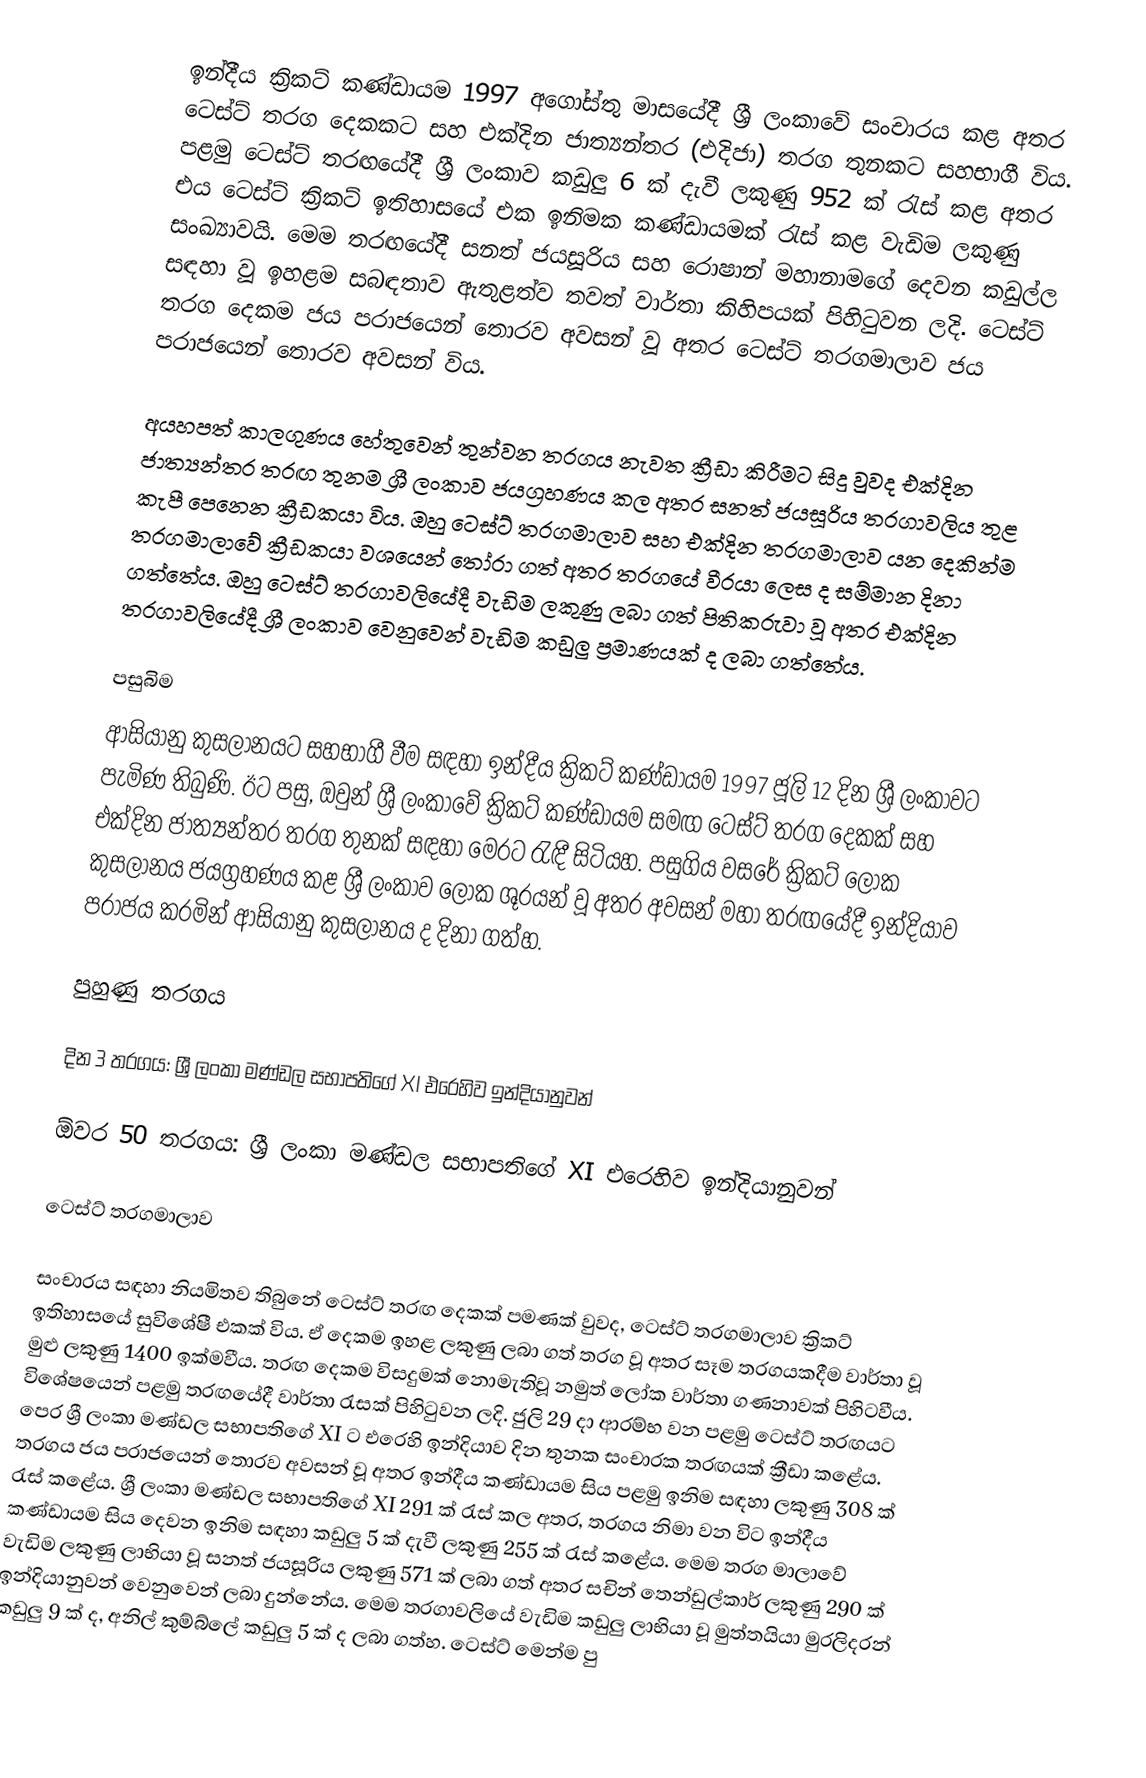
ඉන්දීය ක්‍රිකට් කණ්ඩායම 1997 අගෝස්තු මාසයේදී ශ්‍රී ලංකාවේ සංචාරය කළ අතර ටෙස්ට් තරග දෙකකට සහ එක්දින ජාත්‍යන්තර (එදිජා) තරග තුනකට සහභාගී විය. පළමු ටෙස්ට් තරඟයේදී ශ්‍රී ලංකාව කඩුලු 6 ක් දැවී ලකුණු 952 ක් රැස් කළ අතර එය ටෙස්ට් ක්‍රිකට් ඉතිහාසයේ එක ඉනිමක කණ්ඩායමක් රැස් කළ වැඩිම ලකුණු සංඛ්‍යාවයි. මෙම තරඟයේදී සනත් ජයසූරිය සහ රොෂාන් මහානාමගේ දෙවන කඩුල්ල සඳහා වූ ඉහළම සබඳතාව ඇතුළත්ව තවත් වාර්තා කිහිපයක් පිහිටුවන ලදි. ටෙස්ට් තරග දෙකම ජය පරාජයෙන් තොරව අවසන් වූ අතර ටෙස්ට් තරගමාලාව ජය පරාජයෙන් තොරව අවසන් විය.

අයහපත් කාලගුණය හේතුවෙන් තුන්වන තරගය නැවත ක්‍රීඩා කිරීමට සිදු වුවද එක්දින ජාත්‍යන්තර තරඟ තුනම ශ්‍රී ලංකාව ජයග්‍රහණය කල අතර සනත් ජයසූරිය තරගාවලිය තුළ කැපී පෙනෙන ක්‍රීඩකයා විය. ඔහු ටෙස්ට් තරගමාලාව සහ එක්දින තරගමාලාව යන දෙකින්ම තරගමාලාවේ ක්‍රීඩකයා වශයෙන් තෝරා ගත් අතර තරගයේ වීරයා ලෙස ද සම්මාන දිනා ගත්තේය. ඔහු ටෙස්ට් තරගාවලියේදී වැඩිම ලකුණු ලබා ගත් පිතිකරුවා වූ අතර එක්දින තරගාවලියේදී ශ්‍රී ලංකාව වෙනුවෙන් වැඩිම කඩුලු ප්‍රමාණයක් ද ලබා ගත්තේය.

පසුබිම
ආසියානු කුසලානයට සහභාගී වීම සඳහා ඉන්දීය ක්‍රිකට් කණ්ඩායම 1997 ජූලි 12 දින ශ්‍රී ලංකාවට පැමිණ තිබුණි. ඊට පසු, ඔවුන් ශ්‍රී ලංකාවේ ක්‍රිකට් කණ්ඩායම සමඟ ටෙස්ට් තරග දෙකක් සහ එක්දින ජාත්‍යන්තර තරග තුනක් සඳහා මෙරට රැඳී සිටියහ. පසුගිය වසරේ ක්‍රිකට් ලෝක කුසලානය ජයග්‍රහණය කළ ශ්‍රී ලංකාව ලෝක ශූරයන් වූ අතර අවසන් මහා තරඟයේදී ඉන්දියාව පරාජය කරමින් ආසියානු කුසලානය ද දිනා ගත්හ.

පුහුණු තරගය

දින 3 තරගය: ශ්‍රී ලංකා මණ්ඩල සභාපතිගේ XI එරෙහිව ඉන්දියානුවන්

ඕවර 50 තරගය: ශ්‍රී ලංකා මණ්ඩල සභාපතිගේ XI එරෙහිව ඉන්දියානුවන්

ටෙස්ට් තරගමාලාව

සංචාරය සඳහා නියමිතව තිබුනේ ටෙස්ට් තරඟ දෙකක් පමණක් වුවද, ටෙස්ට් තරගමාලාව ක්‍රිකට් ඉතිහාසයේ සුවිශේෂී එකක් විය. ඒ දෙකම ඉහළ ලකුණු ලබා ගත් තරග වූ අතර සෑම තරගයකදීම වාර්තා වූ මුළු ලකුණු 1400 ඉක්මවීය. තරඟ දෙකම විසදුමක් නොමැතිවූ නමුත් ලෝක වාර්තා ගණනාවක් පිහිටවීය. විශේෂයෙන් පළමු තරඟයේදී වාර්තා රැසක් පිහිටුවන ලදි. ජුලි 29 දා ආරම්භ වන පළමු ටෙස්ට් තරඟයට පෙර ශ්‍රී ලංකා මණ්ඩල සභාපතිගේ XI ට එරෙහි ඉන්දියාව දින තුනක සංචාරක තරඟයක් ක්‍රීඩා කළේය. තරගය ජය පරාජයෙන් තොරව අවසන් වූ අතර ඉන්දීය කණ්ඩායම සිය පළමු ඉනිම සඳහා ලකුණු 308 ක් රැස් කළේය. ශ්‍රී ලංකා මණ්ඩල සභාපතිගේ XI 291 ක් රැස් කල අතර, තරගය නිමා වන විට ඉන්දීය කණ්ඩායම සිය දෙවන ඉනිම සඳහා කඩුලු 5 ක් දැවී ලකුණු 255 ක් රැස් කළේය. මෙම තරග මාලාවේ වැඩිම ලකුණු ලාභියා වූ සනත් ජයසූරිය ලකුණු 571 ක් ලබා ගත් අතර සචින් තෙන්ඩුල්කාර් ලකුණු 290 ක් ඉන්දියානුවන් වෙනුවෙන් ලබා දුන්නේය. මෙම තරගාවලියේ වැඩිම කඩුලු ලාභියා වූ මුත්තයියා මුරලිදරන් කඩුලු 9 ක් ද, අනිල් කුම්බ්ලේ කඩුලු 5 ක් ද ලබා ගත්හ. ටෙස්ට් මෙන්ම පු